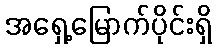
အရှေ့မြောက်ပိုင်းရှိ